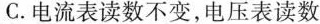
C.电流表读数不变，电压表读数